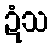
ဍံသ